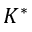
K ^ { * }